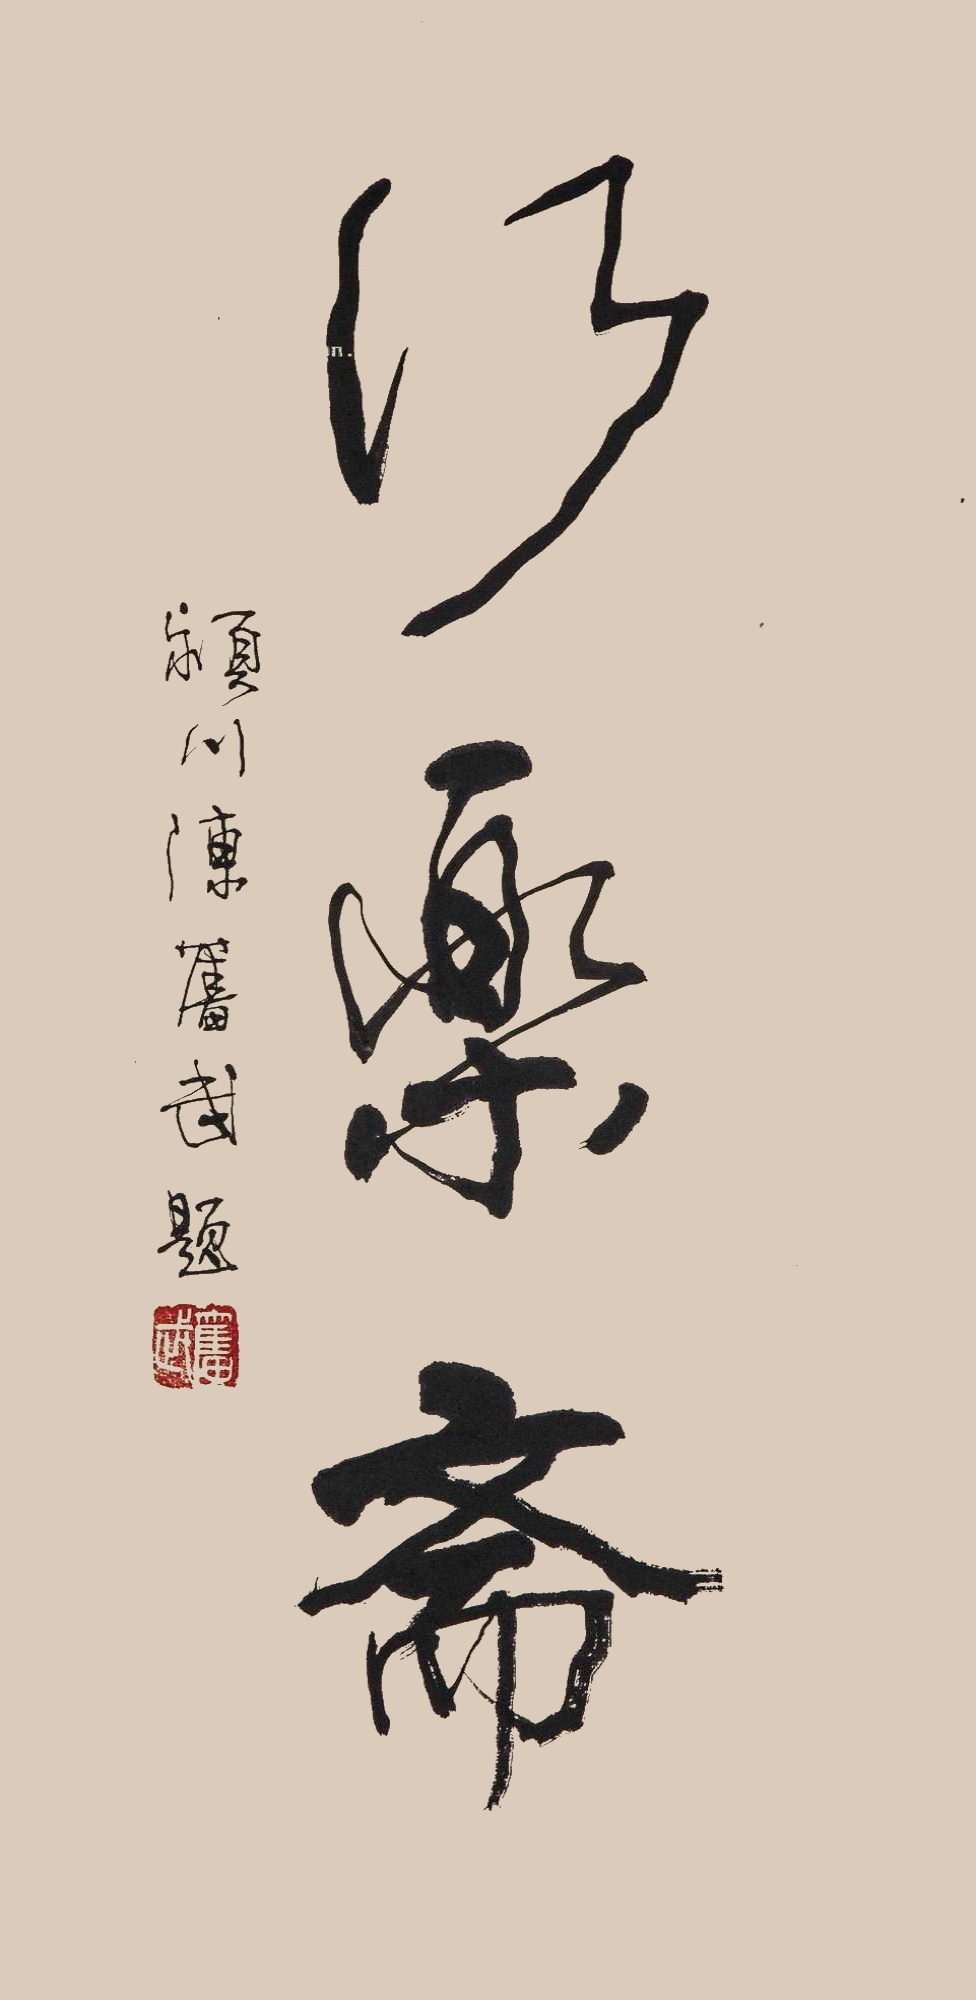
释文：行乐斋颖川陈奋武题。